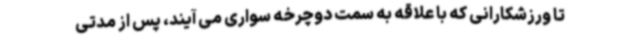
تا ورزشکارانی که با علاقه به سمت دوچرخه سواری می آیند، پس از مدتی